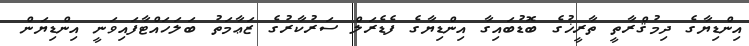
އިންޑިޔާގެ ދިމުޤްރާތީ ތާރީޚުގެ ބޮޑުބައިގާ އިންޑިޔާގެ ފެޑެރަލް ސަރުކާރުގެ ޒަޢާމަތު ބަލަހައްޓާފައިވަނީ އިންޑިޔަން